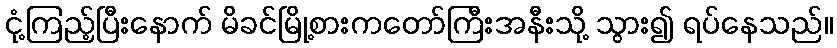
ငုံ့ကြည့်ပြီးနောက် မိခင်မြို့စားကတော်ကြီးအနီးသို့ သွား၍ ရပ်နေသည်။